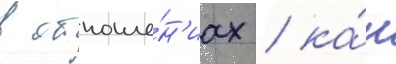
в отноше́н'иах / ка́к